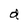
Character: d